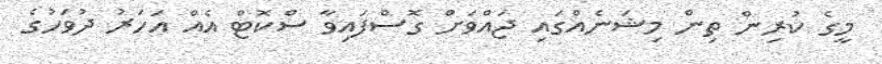
މީގެ ކުރިން ތިން މިޝަނެއްގައި ޖައްވަށް ގޮސްފައިވާ ސްކޮޓް އެއް އަހަރު ދުވަހުގެ